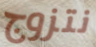
نتزوج